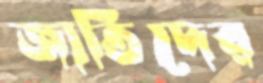
জাতিদের